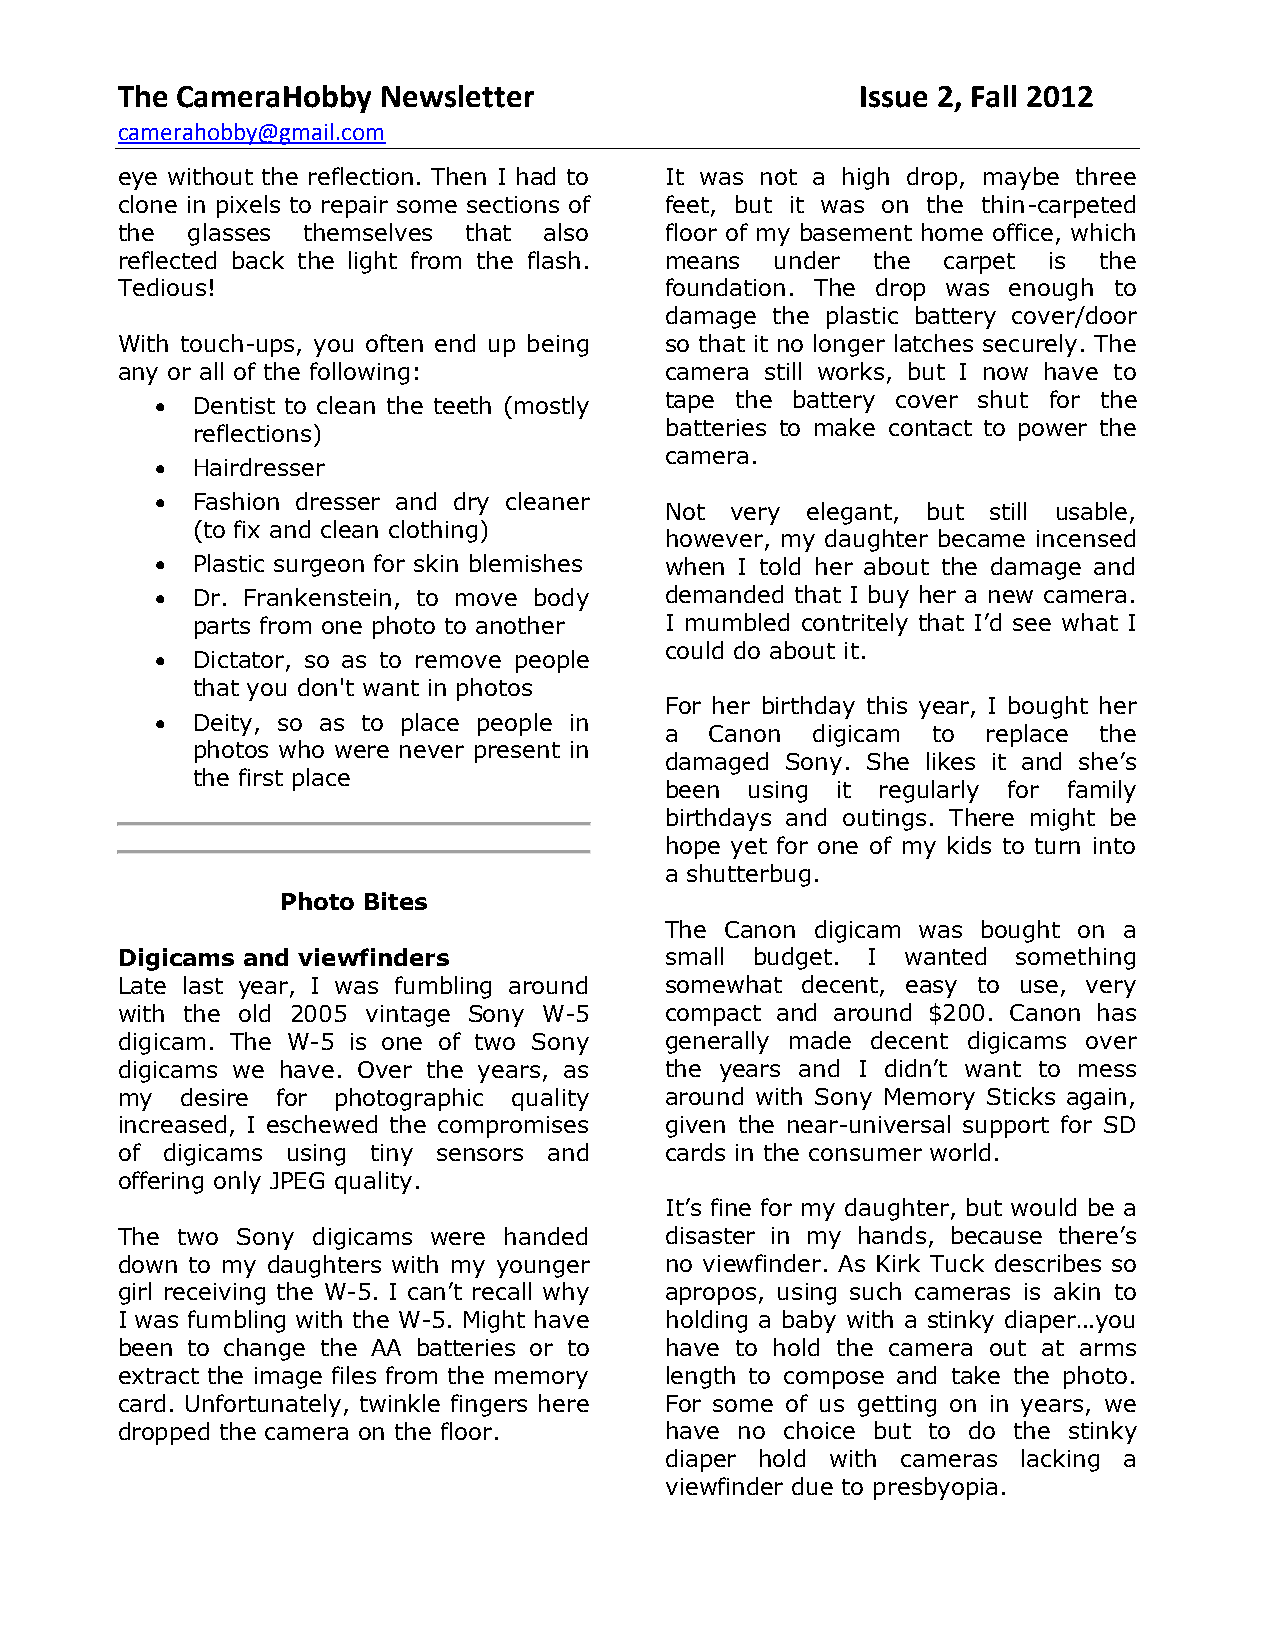
The CameraHobby  Newsletter                      Issue 2, Fall 2012
 camerahobby@gmail.com
 eye without the reflection. Then I had to It was not a high drop, maybe three
 clone in pixels to repair some sections of feet, but it was on the thin-carpeted
 the glasses themselves that also    floor of my basement home office, which
 reflected back the light from the flash. means under the carpet is the
 Tedious!                            foundation. The drop was enough to
 damage the plastic battery cover/door
 With touch-ups, you often end up being so that it no longer latches securely. The
 any or all of the following:        camera still works, but I now have to
   Dentist to clean the teeth (mostly tape the battery cover shut for the
 reflections)                   batteries to make contact to power the
 camera.
   Hairdresser
   Fashion dresser and dry cleaner
 Not very elegant, but still usable,
 (to fix and clean clothing)
 however, my daughter became incensed
   Plastic surgeon for skin blemishes when I told her about the damage and
   Dr. Frankenstein, to move body demanded that I buy her a new camera.
 parts from one photo to another I mumbled contritely that I’d see what I
 could do about it.
   Dictator, so as to remove people
 that you don't want in photos
 For her birthday this year, I bought her
   Deity, so as to place people in
 a  Canon  digicam to replace the
 photos who were never present in
 damaged Sony. She likes it and she’s
 the first place
 been  using it regularly for family
 birthdays and outings. There might be
 hope yet for one of my kids to turn into
 a shutterbug.
 Photo Bites
 The Canon digicam was bought on a
 Digicams and viewfinders            small budget. I wanted something
 Late last year, I was fumbling around somewhat decent, easy to use, very
 with the old 2005 vintage Sony W-5  compact and around $200. Canon has
 digicam. The W-5 is one of two Sony generally made decent digicams over
 digicams we have. Over the years, as the years and I didn’t want to mess
 my  desire for photographic quality around with Sony Memory Sticks again,
 increased, I eschewed the compromises given the near-universal support for SD
 of digicams using tiny sensors and  cards in the consumer world.
 offering only JPEG quality.
 It’s fine for my daughter, but would be a
 The two Sony digicams were handed   disaster in my hands, because there’s
 down to my daughters with my younger no viewfinder. As Kirk Tuck describes so
 girl receiving the W-5. I can’t recall why apropos, using such cameras is akin to
 I was fumbling with the W-5. Might have holding a baby with a stinky diaper…you
 been to change the AA batteries or to have to hold the camera out at arms
 extract the image files from the memory length to compose and take the photo.
 card. Unfortunately, twinkle fingers here For some of us getting on in years, we
 dropped the camera on the floor.    have no choice but to do the stinky
 diaper hold with cameras lacking a
 viewfinder due to presbyopia.